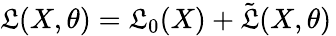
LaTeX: \mathfrak{L}(X,\theta)=\mathfrak{L}_{0}(X)+\tilde{{\mathfrak{L}}}(X,\theta)\,